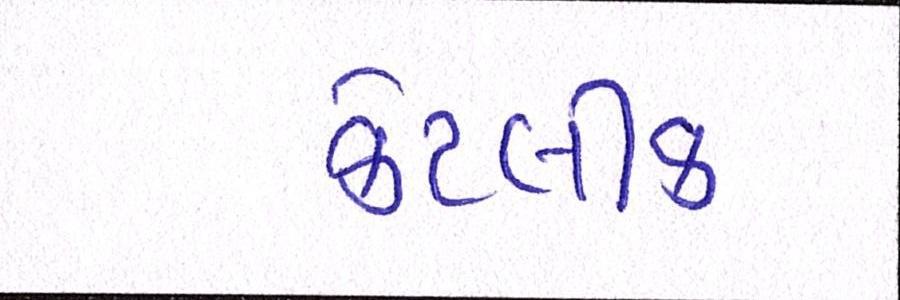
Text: કેટલીક